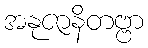
အနုဇာနိတဗ္ဗာ